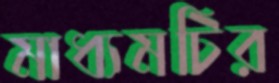
মাধ্যমটির